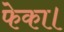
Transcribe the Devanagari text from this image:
फेका।